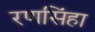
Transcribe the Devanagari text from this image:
रणसिंहा